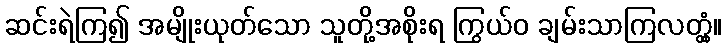
ဆင်းရဲကြ၍ အမျိုးယုတ်သော သူတို့အစိုးရ ကြွယ်ဝ ချမ်းသာကြလတ္တံ့။